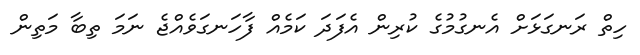
ހިތް ރަނގަޅަށް އެނގުމުގެ ކުރިން އެފަދަ ކަމެއް ފާހަނގަވެއްޖެ ނަމަ ތިބާ މަތިން